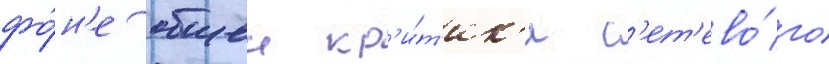
фо́н'е общеи кр'и́т'ик'и с'ет'ево́го